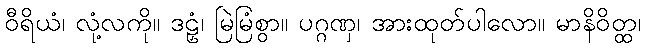
ဝီရိယံ၊ လုံ့လကို။ ဒဠှံ၊ မြဲမြံစွာ။ ပဂ္ဂဏှ၊ အားထုတ်ပါလော။ မာနိဝိတ္ထ၊